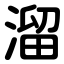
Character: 溜